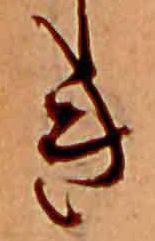
き